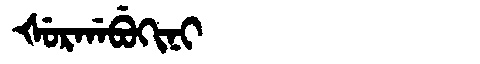
Manchu: ᡧᡠᡵᡤᠠᠪᡠᡴᡳᠨᡳ
Romanization: ŠURGABUKINI